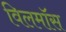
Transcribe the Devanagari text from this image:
विलमॉस